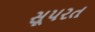
સૂપરત